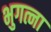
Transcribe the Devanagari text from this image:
भुगत्ना